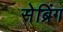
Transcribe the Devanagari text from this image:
सेब्रिंग